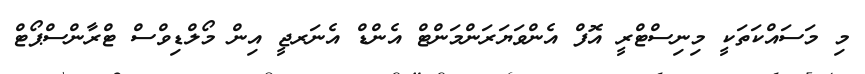
މި މަސައްކަތަކީ މިނިސްޓްރީ އޮފް އެންވަޔަރަންމަންޓް އެންޑް އެނަރޖީ އިން މޯލްޑިވްސް ޓްރާންސްޕޯޓް